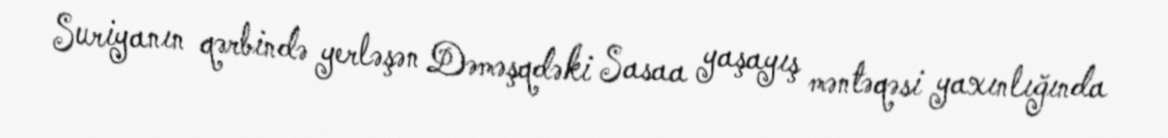
Suriyanın qərbində yerləşən Dəməşqdəki Sasaa yaşayış məntəqəsi yaxınlığında